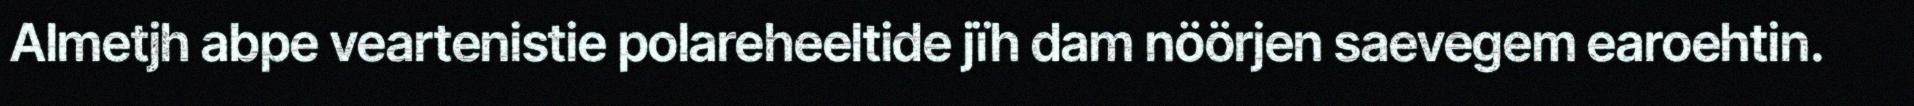
Almetjh abpe veartenistie polareheeltide jïh dam nöörjen saevegem earoehtin.